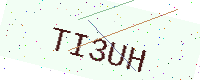
Text: TI3UH